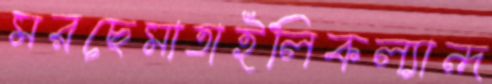
মরছেমাতাইলিকল্যান্দ